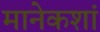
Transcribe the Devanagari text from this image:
मानेकशां